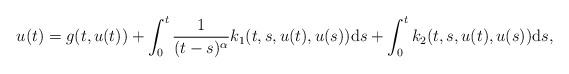
LaTeX: \begin{align*}u(t)=g(t,u(t))+\int_{0}^{t}\frac{1}{(t-s)^{\alpha}}k_{1}(t,s,u(t),u(s))\mathrm{d}s+\int_{0}^{t}k_{2}(t,s,u(t),u(s))\mathrm{d}s,\end{align*}